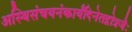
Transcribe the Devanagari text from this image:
अस्थिसंचयनंकार्यंदिनेतद्गोत्रजैः